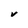
Character: V